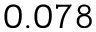
0 . 0 7 8